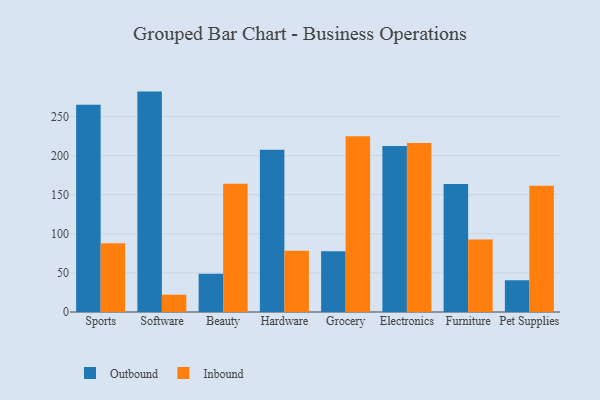
{"axis": {"x": "Category", "y": "Headcount"}, "legend": ["Inbound", "Outbound"], "data": [{"x": "Sports", "y": 265.1, "type": "Outbound"}, {"x": "Sports", "y": 88.0, "type": "Inbound"}, {"x": "Software", "y": 281.9, "type": "Outbound"}, {"x": "Software", "y": 22.1, "type": "Inbound"}, {"x": "Beauty", "y": 49.0, "type": "Outbound"}, {"x": "Beauty", "y": 164.0, "type": "Inbound"}, {"x": "Hardware", "y": 207.6, "type": "Outbound"}, {"x": "Hardware", "y": 78.3, "type": "Inbound"}, {"x": "Grocery", "y": 77.7, "type": "Outbound"}, {"x": "Grocery", "y": 224.9, "type": "Inbound"}, {"x": "Electronics", "y": 212.4, "type": "Outbound"}, {"x": "Electronics", "y": 216.2, "type": "Inbound"}, {"x": "Furniture", "y": 163.7, "type": "Outbound"}, {"x": "Furniture", "y": 92.7, "type": "Inbound"}, {"x": "Pet Supplies", "y": 40.6, "type": "Outbound"}, {"x": "Pet Supplies", "y": 161.6, "type": "Inbound"}]}